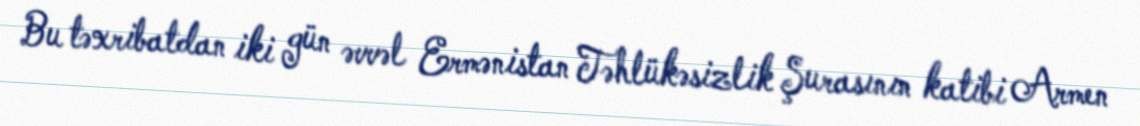
Bu təxribatdan iki gün əvvəl Ermənistan Təhlükəsizlik Şurasının katibi Armen